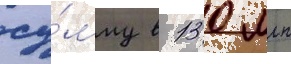
су́мму в 130 млн